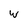
Character: W